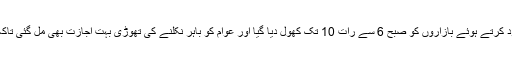
رمضان کے آغاز پر لاک ڈاؤن محدود کرتے ہوئے بازاروں کو صبح 6 سے رات 10 تک کھول دیا گیا اور عوام کو باہر نکلنے کی تھوڑی بہت اجازت بھی مل گئی تاکہ لوگ ڈھنگ سے روزے رکھ سکیں۔